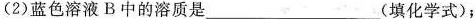
(2)蓝色溶液B中的溶质是___(填化学式)；